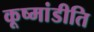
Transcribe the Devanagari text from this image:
कूष्मांडीति